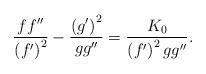
LaTeX: \begin{align*}\frac{ff^{\prime \prime }}{\left( f^{\prime }\right) ^{2}}-\frac{\left(g^{\prime }\right) ^{2}}{gg^{\prime \prime }}=\frac{K_{0}}{\left( f^{\prime}\right) ^{2}gg^{\prime \prime }}. \end{align*}